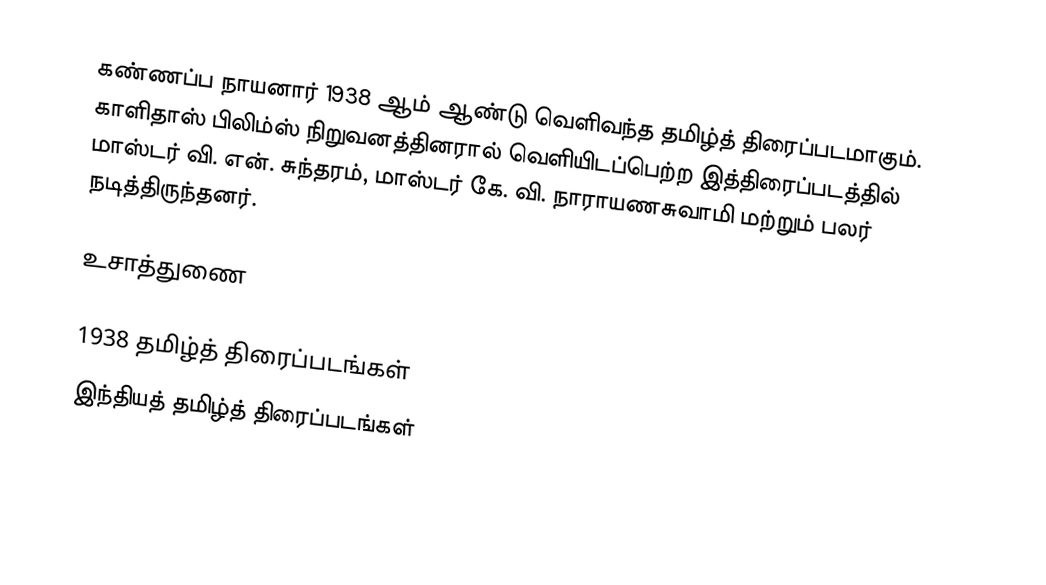
கண்ணப்ப நாயனார் 1938 ஆம் ஆண்டு வெளிவந்த தமிழ்த் திரைப்படமாகும். காளிதாஸ் பிலிம்ஸ் நிறுவனத்தினரால் வெளியிடப்பெற்ற இத்திரைப்படத்தில் மாஸ்டர் வி. என். சுந்தரம், மாஸ்டர் கே. வி. நாராயணசுவாமி மற்றும் பலர் நடித்திருந்தனர்.

உசாத்துணை

1938 தமிழ்த் திரைப்படங்கள்
இந்தியத் தமிழ்த் திரைப்படங்கள்